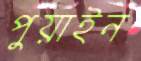
পুয়াইন